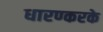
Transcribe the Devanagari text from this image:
धारण्करके